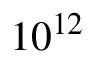
1 0 ^ { 1 2 }